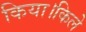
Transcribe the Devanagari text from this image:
किया।किले